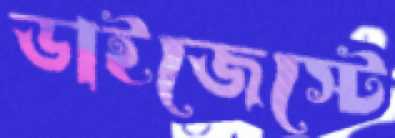
ডাইজেস্টে